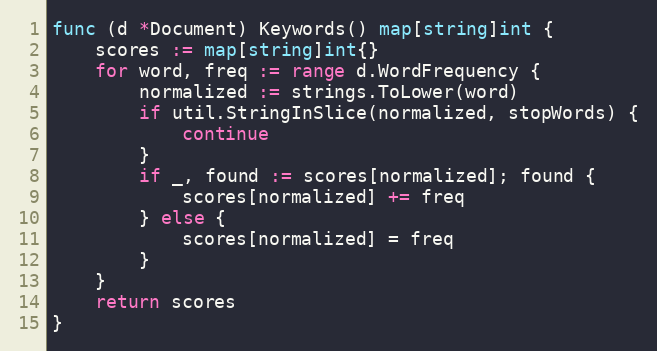
Language: Go
func (d *Document) Keywords() map[string]int {
	scores := map[string]int{}
	for word, freq := range d.WordFrequency {
		normalized := strings.ToLower(word)
		if util.StringInSlice(normalized, stopWords) {
			continue
		}
		if _, found := scores[normalized]; found {
			scores[normalized] += freq
		} else {
			scores[normalized] = freq
		}
	}
	return scores
}